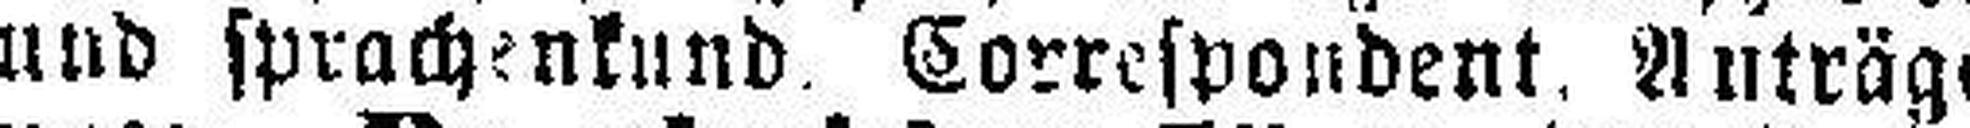
und sprachenkund Correspondent. Anträge